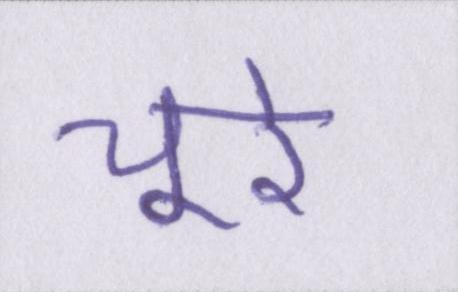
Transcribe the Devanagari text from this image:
चूरे